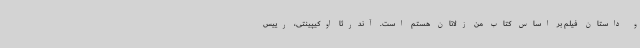
و داستان فیلم بر اساس کتاب من زلاتان هستم است. آندرئا اوکیپینتی، رییس